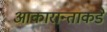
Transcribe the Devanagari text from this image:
आकारान्ताकडे